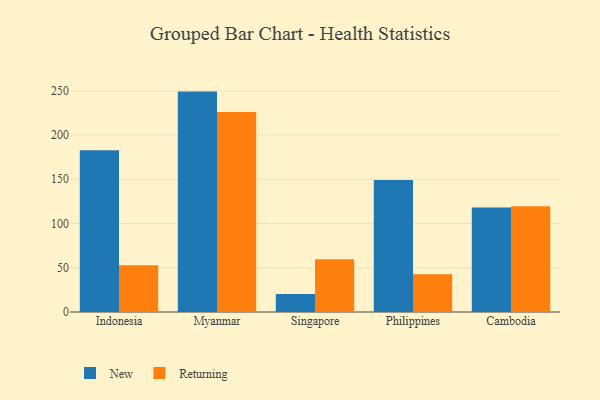
{"axis": {"x": "Country", "y": "Production Output"}, "legend": ["New", "Returning"], "data": [{"x": "Indonesia", "y": 182.9, "type": "New"}, {"x": "Indonesia", "y": 52.9, "type": "Returning"}, {"x": "Myanmar", "y": 249.1, "type": "New"}, {"x": "Myanmar", "y": 226.0, "type": "Returning"}, {"x": "Singapore", "y": 20.4, "type": "New"}, {"x": "Singapore", "y": 59.5, "type": "Returning"}, {"x": "Philippines", "y": 149.2, "type": "New"}, {"x": "Philippines", "y": 42.6, "type": "Returning"}, {"x": "Cambodia", "y": 118.1, "type": "New"}, {"x": "Cambodia", "y": 119.5, "type": "Returning"}]}